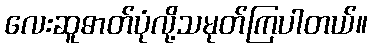
လေးဆူဓာတ်ပုံလို့သမုတ်ကြပါတယ်။